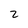
Character: 2